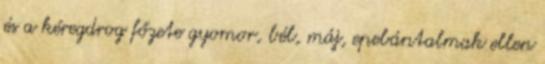
és a kéregdrog főzete gyomor, bél, máj, epebántalmak ellen